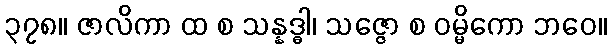
၃၇၈။ ဇာလိကာ ထ စ သန္နဒ္ဓါ၊ သဇ္ဇော စ ဝမ္မိကော ဘဝေ။